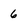
Character: 6